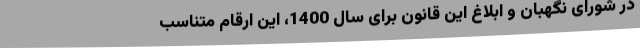
در شورای نگهبان و ابلاغ این قانون برای سال 1400، این ارقام متناسب